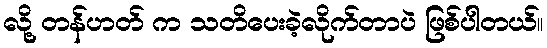
လို့ တန်ဟတ် က သတိပေးခဲ့လိုက်တာပဲ ဖြစ်ပါတယ်။